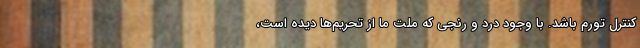
کنترل تورم باشد. با وجود درد و رنجی که ملت ما از تحریم‌ها دیده است،